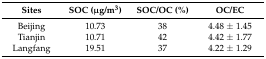
| Sites | SOC (μg/m3) | SOC/OC (%) | OC/EC |
 | --- | --- | --- | --- |
 | Beijing | 10.73 | 38 | 4.48 ± 1.45 |
 | Tianjin | 10.71 | 42 | 4.42 ± 1.77 |
 | Langfang | 19.51 | 37 | 4.22 ± 1.29 |